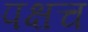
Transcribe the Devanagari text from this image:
पक्षच